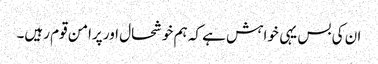
ان کی بس یہی خواہش ہے کہ ہم خوشحال اور پرامن قوم رہیں۔